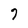
Character: 7